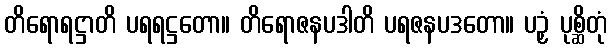
တိရောရဋ္ဌာတိ ပရရဋ္ဌတော။ တိရောဇနပဒါတိ ပရဇနပဒတော။ ပဉှံ ပုစ္ဆိတုံ